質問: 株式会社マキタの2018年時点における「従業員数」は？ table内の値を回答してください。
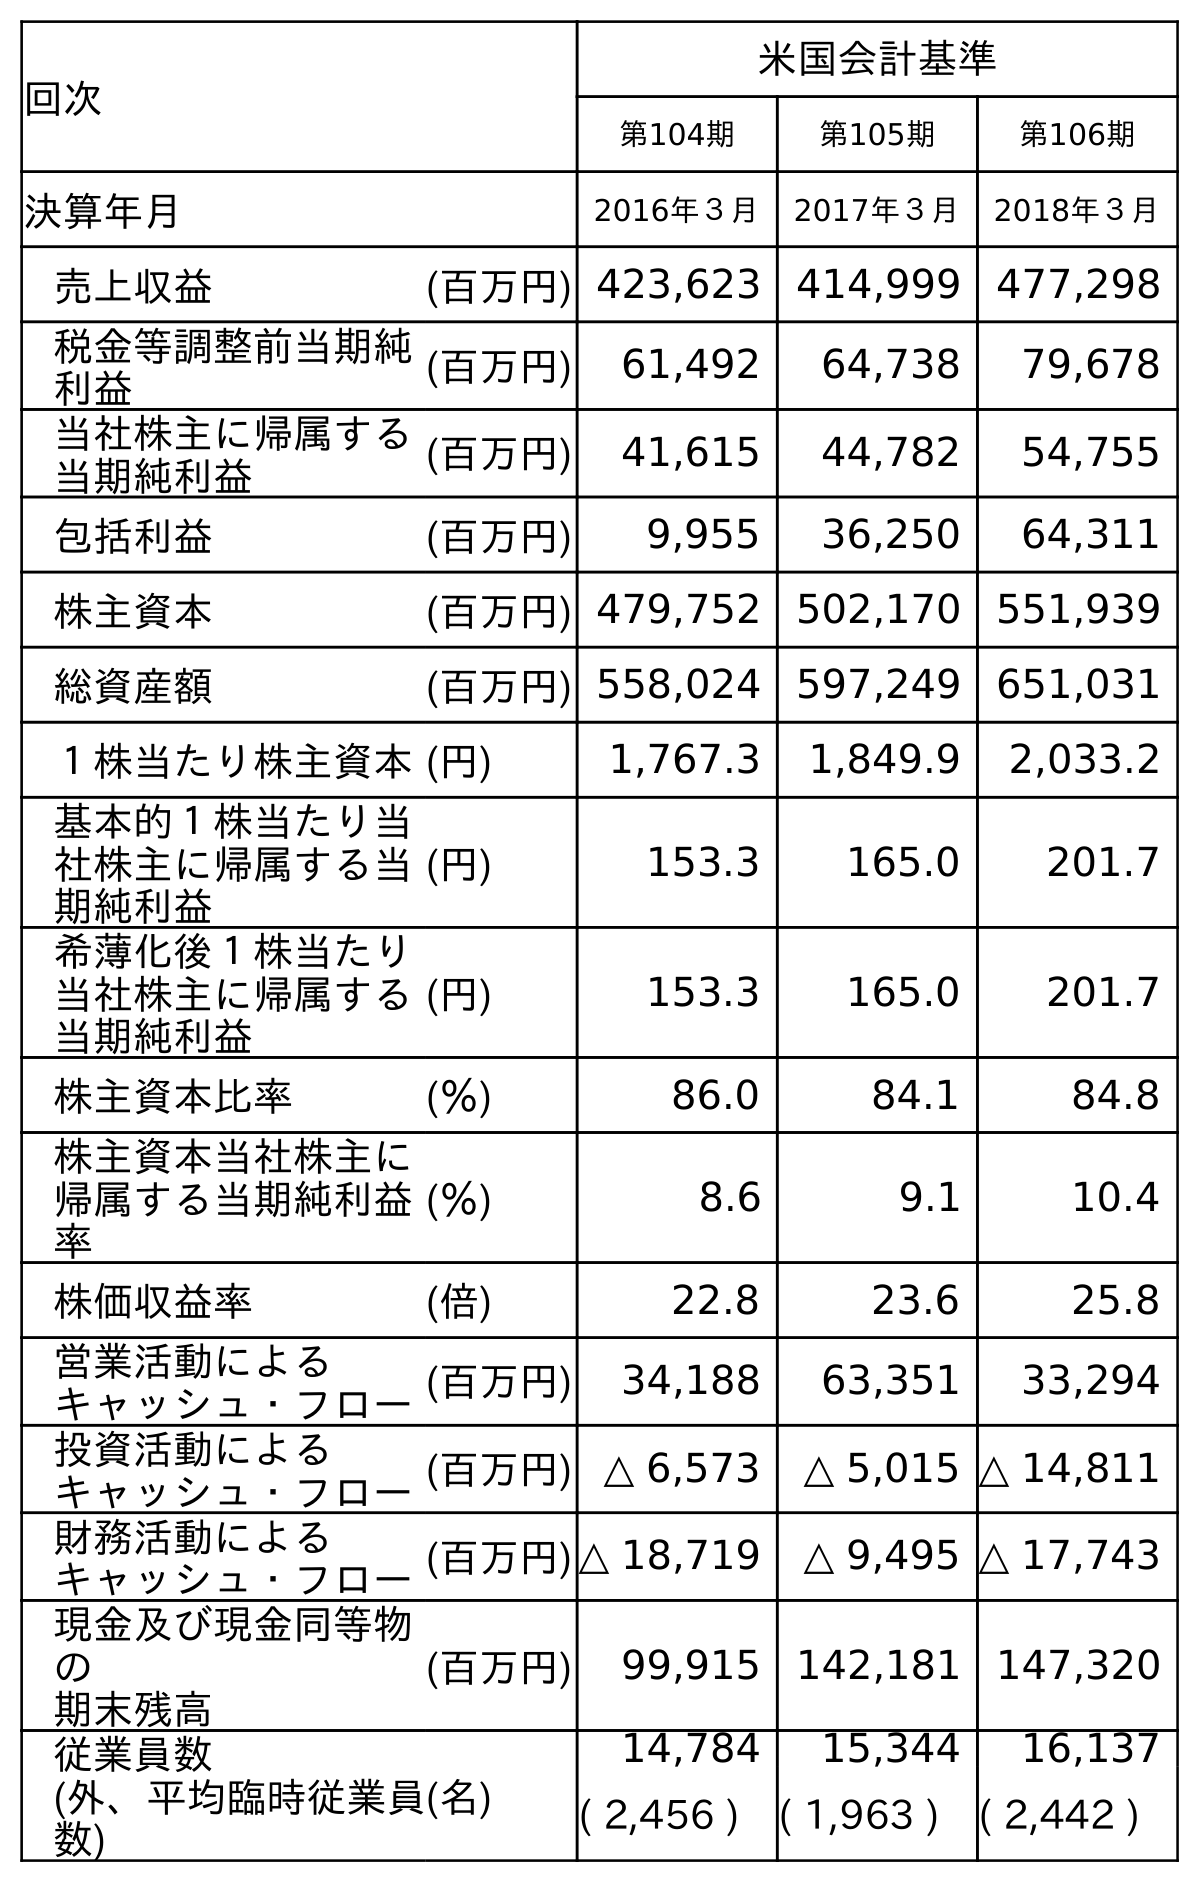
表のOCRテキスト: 回次 米国会計基準 第104期 第105期 第106期 決算年月 2016年３月 2017年３月 2018年３月 売上収益 (百万円) 423,623 414,999 477,298 税金等調整前当期純 利益 (百万円) 61,492 64,738 79,678 当社株主に帰属する 当期純利益 (百万円) 41,615 44,782 54,755 包括利益 (百万円) 9,955 36,250 64,311 株主資本 (百万円) 479,752 502,170 551,939 総資産額 (百万円) 558,024 597,249 651,031 １株当たり株主資本(円) 1,767.3 1,849.9 2,033.2 基本的１株当たり当 社株主に帰属する当 期純利益 (円) 153.3 165.0 201.7 希薄化後１株当たり 当社株主に帰属する 当期純利益 (円) 153.3 165.0 201.7 株主資本比率 (％) 86.0 84.1 84.8 株主資本当社株主に 帰属する当期純利益 率 (％) 8.6 9.1 10.4 株価収益率 (倍) 22.8 23.6 25.8 営業活動による キャッシュ・フロー(百万円) 34,188 63,351 33,294 投資活動による キャッシュ・フロー(百万円) △ 6,573 △ 5,015 △ 14,811 財務活動による キャッシュ・フロー(百万円)△ 18,719 △ 9,495 △ 17,743 現金及び現金同等物 の 期末残高 (百万円) 99,915 142,181 147,320 従業員数 (外、平均臨時従業員 数) (名) 14,784 15,344 16,137 ( 2,456 ) ( 1,963 ) ( 2,442 )
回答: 16,137